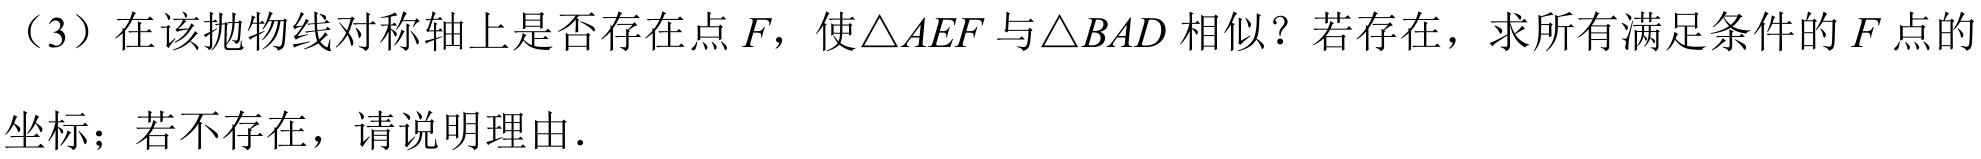
（3）在该抛物线对称轴上是否存在点\(F\)，使\(\triangle AEF\)与\(\triangle BAD\)相似？若存在，求所有满足条件的\(F\)点的坐标；若不存在，请说明理由.